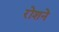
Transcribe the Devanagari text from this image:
रोशने